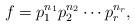
LaTeX: \begin{align*}f=p_1^{n_{1}}p_2^{n_{2}}\cdots p_r^{n_r},\end{align*}